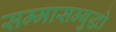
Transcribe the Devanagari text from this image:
सम्मासम्बुद्धो